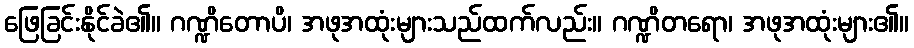
ဖြေခြင်းနိုင်ခဲ၏။ ဂဏ္ဍိတောပိ၊ အဖုအထုံးများသည်ထက်လည်း။ ဂဏ္ဍိတရော၊ အဖုအထုံးများ၏။